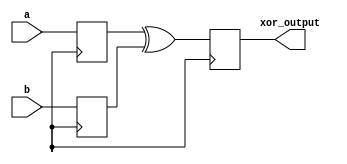
module timing_control_and_sync (
    input wire a,
    input wire b,
    output reg xor_output
);

reg a_delayed, b_delayed;

// Delay elements for input signals
always @(posedge clk) begin
    a_delayed <= a;
    b_delayed <= b;
end

// XOR gate with delay
always @(posedge clk) begin
    xor_output <= a_delayed ^ b_delayed;
end

endmodule